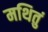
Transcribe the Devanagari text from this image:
मथितुं